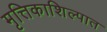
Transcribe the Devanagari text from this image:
मृत्तिकाशिल्पात